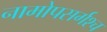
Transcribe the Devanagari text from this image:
नामोपसर्गश्च